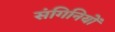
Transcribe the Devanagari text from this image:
संगिनियों